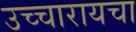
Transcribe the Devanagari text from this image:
उच्चारायचा